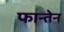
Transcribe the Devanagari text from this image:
फान्तेन